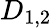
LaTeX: D_{1,2}